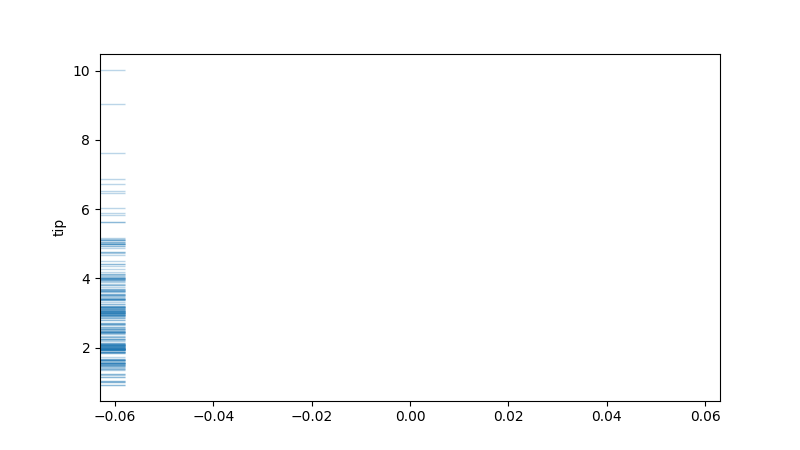
python, seaborn, rugplot, height=0.04, axis='y', alpha=0.3